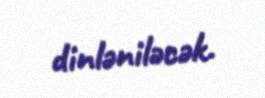
dinləniləcək.